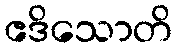
ဧဒိသောတိ